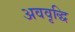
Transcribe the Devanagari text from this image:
अववृद्धि